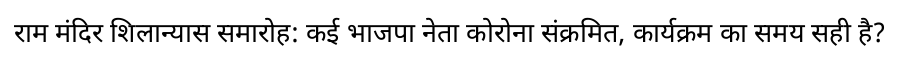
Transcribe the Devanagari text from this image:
राम मंदिर शिलान्यास समारोह: कई भाजपा नेता कोरोना संक्रमित, कार्यक्रम का समय सही है?